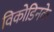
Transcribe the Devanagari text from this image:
विकोडिनके